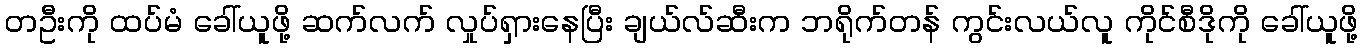
တဦးကို ထပ်မံ ခေါ်ယူဖို့ ဆက်လက် လှုပ်ရှားနေပြီး ချယ်လ်ဆီးက ဘရိုက်တန် ကွင်းလယ်လူ ကိုင်စီဒိုကို ခေါ်ယူဖို့